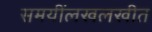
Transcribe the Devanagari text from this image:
समयींलखलखीत